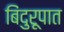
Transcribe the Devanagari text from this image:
बिंदुरूपात